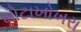
મોટાખોખરા